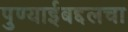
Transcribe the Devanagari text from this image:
पुण्याईबद्दलचा